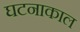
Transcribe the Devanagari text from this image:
घटनाकाल